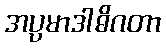
အပ္ပမာဒါဓိဂတာ